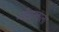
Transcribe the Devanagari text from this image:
जीवात्म्याला